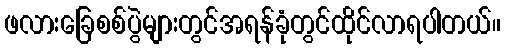
ဖလားခြေစစ်ပွဲများတွင်အရန်ခုံတွင်ထိုင်လာရပါတယ်။